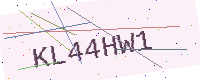
Text: KL44HW1